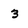
Character: 3